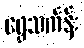
ရွှေသင်္ကန်း